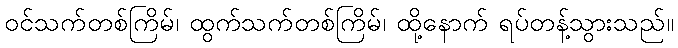
ဝင်သက်တစ်ကြိမ်၊ ထွက်သက်တစ်ကြိမ်၊ ထို့နောက် ရပ်တန့်သွားသည်။